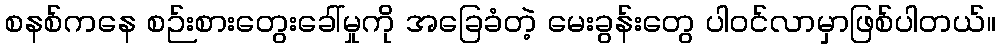
စနစ်ကနေ စဉ်းစားတွေးခေါ်မှုကို အခြေခံတဲ့ မေးခွန်းတွေ ပါဝင်လာမှာဖြစ်ပါတယ်။